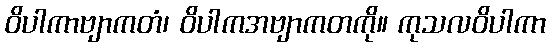
ဝိပါကာဗျာကတံ၊ ဝိပါကအဗျာကတကို။ ကုသလဝိပါကာ